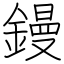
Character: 鏝